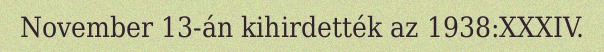
November 13-án kihirdették az 1938:XXXIV.